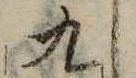
九